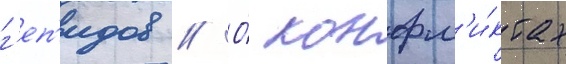
г'еп'идов // О́ конфл'и́ктах